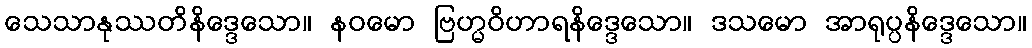
သေသာနုဿတိနိဒ္ဒေသော။ နဝမော ဗြဟ္မဝိဟာရနိဒ္ဒေသော။ ဒသမော အာရုပ္ပနိဒ္ဒေသော။